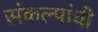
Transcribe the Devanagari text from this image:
संकल्पांची